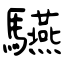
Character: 驠